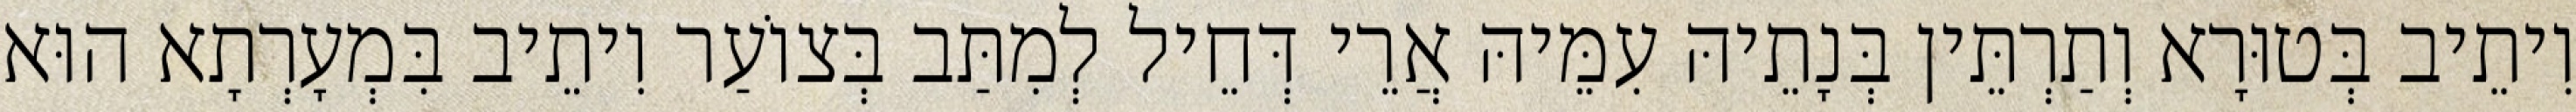
וִיתֵיב בְּטוּרָא וְתַרְתֵּין בְּנָתֵיהּ עִמֵּיהּ אֲרֵי דְּחֵיל לְמִתַּב בְּצוֹעַר וִיתֵיב בִּמְעָרְתָא הוּא